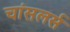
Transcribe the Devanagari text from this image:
चांसलर्स